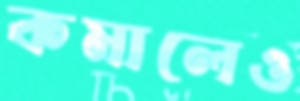
কমালেও